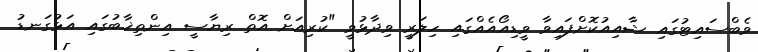
ވެބްސައިޓުގައި ޝާއިއުކޮށްފައިވާ ވީޑިއޯއެއްގައި ހިލަރީ ވިދާޅުވީ "ކުރިއަށް އޮތް ރިޔާސީ އިންތިޚާބުގައި އަޅުގަނޑު